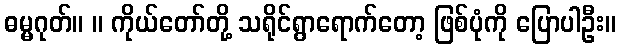
ဓမ္မဂုတ်။ ။ ကိုယ်တော်တို့ သရိုင်ရွာရောက်တော့ ဖြစ်ပုံကို ပြောပါဦး။